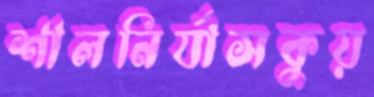
শালনির্যাসকুয়